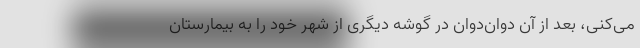
می‌کنی، بعد از آن دوان‌دوان در گوشه دیگری از شهر خود را به بیمارستان